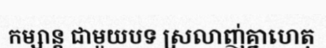
កម្សាន្ត ជាមួយបទ ស្រលាញ់គ្នាហេតុ